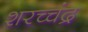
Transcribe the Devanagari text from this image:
शरच्चंंद्र